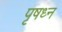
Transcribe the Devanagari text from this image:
पृषध्न